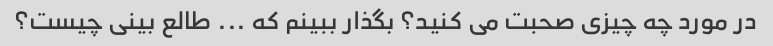
در مورد چه چیزی صحبت می کنید؟ بگذار ببینم که ... طالع بینی چیست؟